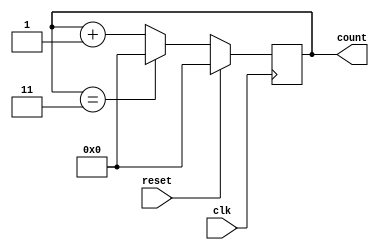
module Modulus_Counter(
    input clk,
    input reset,
    output reg [N-1:0] count
);

parameter N = 4; // Change N to desired modulus value

always @(posedge clk) begin
    if (reset) begin
        count <= 0;
    end else begin
        if (count == N-1) begin
            count <= 0;
        end else begin
            count <= count + 1;
        end
    end
end

endmodule